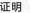
证明